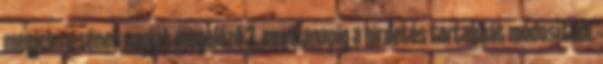
megjelenésének napját megelőző 3. munkanapig a hirdetés tartalmát módosítani.